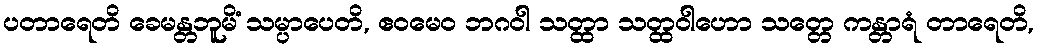
ပတာရေတိ ခေမန္တဘူမိံ သမ္ပာပေတိ, ဧဝမေဝ ဘဂဝါ သတ္ထာ သတ္ထဝါဟော သတ္တေ ကန္တာရံ တာရေတိ,